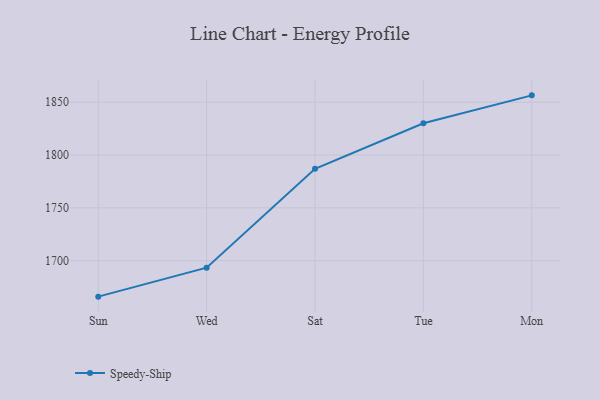
{"axis": {"x": "Day", "y": "Customer Acquisition Cost (USD)"}, "legend": ["Speedy-Ship"], "data": [{"x": "Sun", "y": 1665.9, "type": "Speedy-Ship"}, {"x": "Wed", "y": 1693.3, "type": "Speedy-Ship"}, {"x": "Sat", "y": 1787.0, "type": "Speedy-Ship"}, {"x": "Tue", "y": 1830.1, "type": "Speedy-Ship"}, {"x": "Mon", "y": 1856.5, "type": "Speedy-Ship"}]}